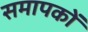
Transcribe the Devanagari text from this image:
समापकों